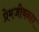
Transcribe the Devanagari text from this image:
प्रेमजीवनही